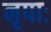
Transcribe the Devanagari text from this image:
नृपाः